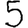
Digit: 5